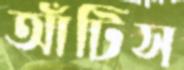
আঁটিস